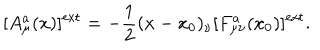
LaTeX: [ A _ { \mu } ^ { a } ( x ) ] ^ { \mathrm { e x t } } = - \frac { 1 } { 2 } ( x - x _ { 0 } ) _ { \nu } [ F _ { \mu \nu } ^ { a } ( x _ { 0 } ) ] ^ { \mathrm { e x t } } .